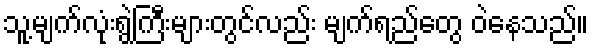
သူ့မျက်လုံးရွဲကြီးများတွင်လည်း မျက်ရည်တွေ ဝဲနေသည်။